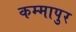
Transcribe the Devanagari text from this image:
कम्मापुर